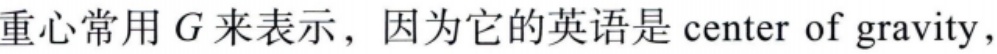
重心常用 \(G\) 来表示，因为它的英语是 center of gravity，